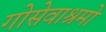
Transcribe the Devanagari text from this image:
गोसेवाश्रमो